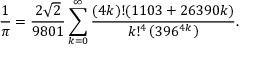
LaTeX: { \frac { 1 } { \pi } } = { \frac { 2 { \sqrt { 2 } } } { 9 8 0 1 } } \sum _ { k = 0 } ^ { \infty } { \frac { ( 4 k ) ! ( 1 1 0 3 + 2 6 3 9 0 k ) } { k ! ^ { 4 } \left( 3 9 6 ^ { 4 k } \right) } } .